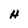
Character: H